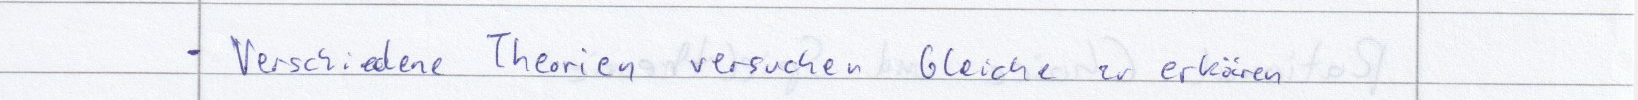
- Verschiedene Theorien versuchen Gleiche zu erklären